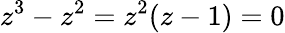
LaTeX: z^{3}-z^{2}=z^{2}(z-1)=0